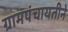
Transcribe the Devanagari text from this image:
ग्रामपंचायतीने